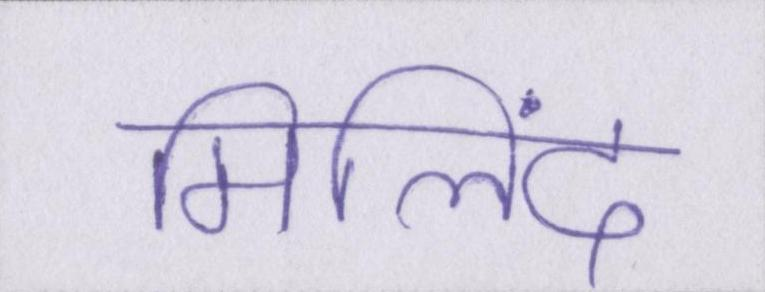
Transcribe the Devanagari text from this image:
मिलिंद